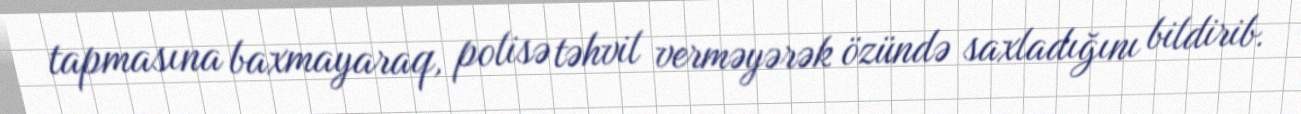
tapmasına baxmayaraq, polisə təhvil verməyərək özündə saxladığını bildirib.